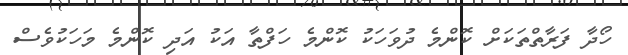
ހޯދާ ފަރާތްތަކަށް ކޮންމެ ދުވަހަކު ކޮންމެ ހަފްތާ އަކު އަދި ކޮންމެ މަހަކުވެސް